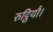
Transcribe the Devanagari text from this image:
रुट्ठियौ।